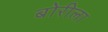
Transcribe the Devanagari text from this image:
बोरीला